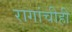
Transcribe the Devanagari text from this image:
रागांचीही